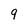
Character: 9